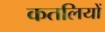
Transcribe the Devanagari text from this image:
कतलियों